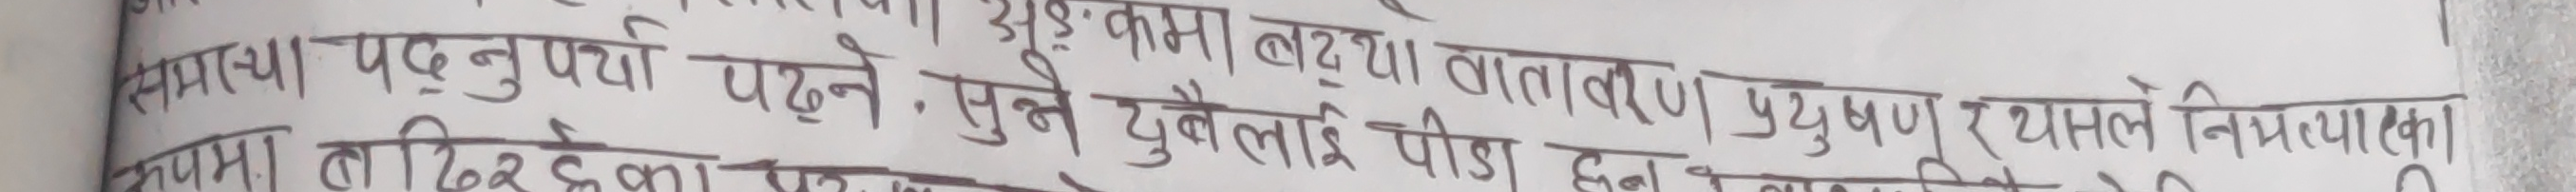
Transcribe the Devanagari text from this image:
सम्प्रथा पड्नुपर्छ पढ्ने, सुत्ने युबेलति हुन वातावरण प्रदुषण र यसले निभ्याएका